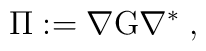
\Pi := \nabla{\rm G}\nabla^\ast \;,